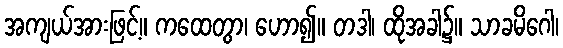
အကျယ်အားဖြင့်။ ကထေတွာ၊ ဟော၍။ တဒါ၊ ထိုအခါ၌။ သာခမိဂေါ၊